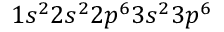
1 s ^ { 2 } 2 s ^ { 2 } 2 p ^ { 6 } 3 s ^ { 2 } 3 p ^ { 6 }